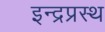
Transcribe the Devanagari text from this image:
इन्‍द्रप्रस्‍थ